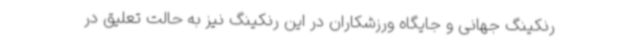
رنکینگ جهانی و جایگاه ورزشکاران در این رنکینگ نیز به حالت تعلیق در